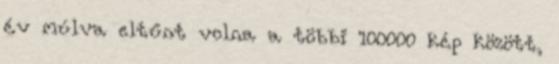
év múlva eltűnt volna a többi 100000 kép között,